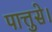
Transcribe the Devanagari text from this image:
पात्तुसे।